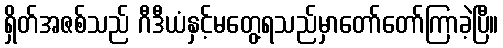
ရှိတ်အဇစ်သည် ဂီဒီယံနှင့်မတွေ့ရသည်မှာတော်တော်ကြာခဲ့ပြီ။